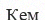
Кем